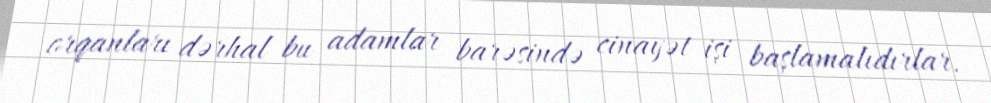
orqanları dərhal bu adamlar barəsində cinayət işi başlamalıdırlar.